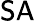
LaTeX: \mathsf{SA}